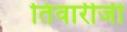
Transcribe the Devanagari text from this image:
तिवारीजी